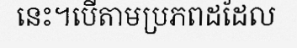
នេះ។បើតាមប្រភពដដែល